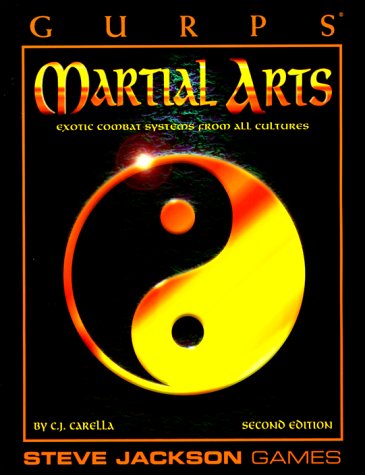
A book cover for GURPS Martial Arts (GURPS: Generic Universal Role Playing System); C. Carella; Science Fiction & Fantasy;